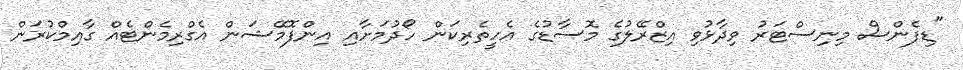
"ޑިފެންސް މިނިސްޓަރު ވިދާޅުވި އިޒްރޭލުގެ މޮސާޑުގެ އެހީތެރިކަން ހޯދުމަށާއި އިންފޮމޭޝަން އެގްރިމެންޓެއް ގާއިމްކުރަން